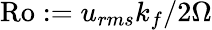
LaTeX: \mathrm{Ro}:=u_{rms}k_{f}/2\Omega